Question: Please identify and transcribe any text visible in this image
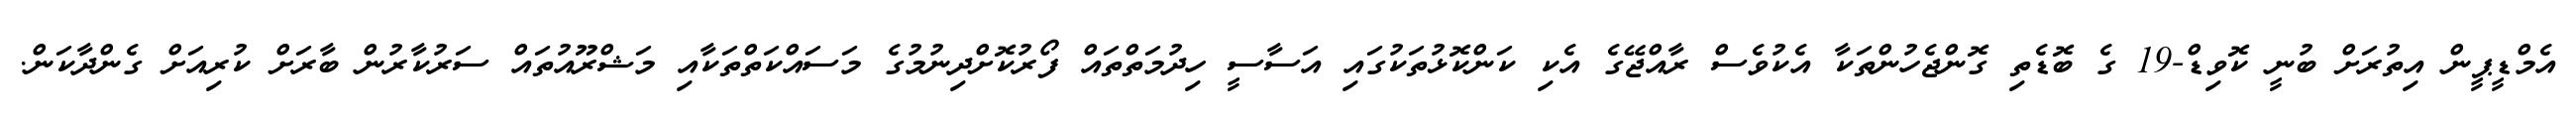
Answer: އެމްޑީޕީން އިތުރަށް ބުނީ ކޮވިޑް-19 ގެ ބޮޑެތި ގޮންޖެހުންތަކާ އެކުވެސް ރާއްޖޭގެ އެކި ކަންކޮޅުތަކުގައި އަސާސީ ހިދުމަތްތައް ފޯރުކޮށްދިނުމުގެ މަސައްކަތްތަކާއި މަޝްރޫއުތައް ސަރުކާރުން ބާރަށް ކުރިއަށް ގެންދާކަން.